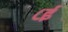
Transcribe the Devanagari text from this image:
८ई